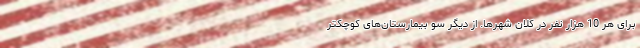
برای هر 10 هزار نفر در کلان شهرها. از دیگر سو بیمارستان‌های کوچکتر